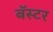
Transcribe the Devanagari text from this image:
बॅस्टर